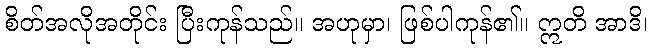
စိတ်အလိုအတိုင်း ပြီးကုန်သည်။ အဟုမှာ၊ ဖြစ်ပါကုန်၏။ ဣတိ အာဒိ၊